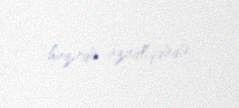
hazırda azadlıqdadır.